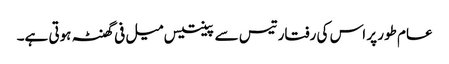
عام طور پر اس کی رفتار تیس سے پینتیس میل فی گھنٹہ ہوتی ہے۔